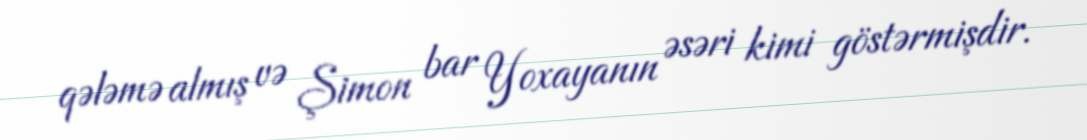
qələmə almış və Şimon bar Yoxayanın əsəri kimi göstərmişdir.